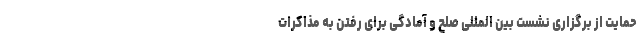
حمایت از برگزاری نشست بین المللی صلح و آمادگی برای رفتن به مذاکرات